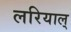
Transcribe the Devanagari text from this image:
लरियाल्